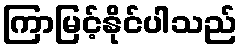
ကြာမြင့်နိုင်ပါသည်